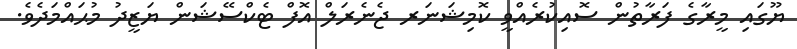
ޔޫގައި މީރާގެ ފަރާތުން ސޮއިކުރެއްވީ ކޮމިޝަނަރ ޖެނެރަލް އޮފް ޓެކްސޭޝަން ޔަޒީދު މުޙައްމަދެވެ.